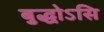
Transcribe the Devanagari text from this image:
बुद्धोऽसि